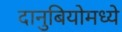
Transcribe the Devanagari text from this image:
दानुबियोमध्ये